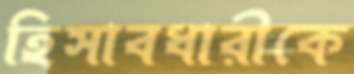
হিসাবধারীকে